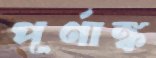
পূর্ণাঙ্ক